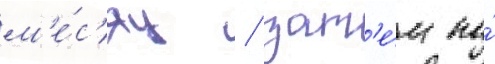
м'е́с'яц / зат'е́м по́